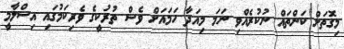
މިގޮތަށް ކަންތައް ނުކުރެއްވި ނަމަ މިއަދާ ހަމައަށް ވެސް ތުރުކީގެ ވެރިކަމުގައި އިސްލާމީ